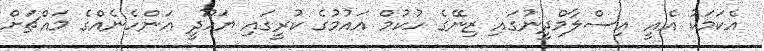
އެކަމަކު އެއީ އިސްލާމްދީނުގައި ޒިނޭގެ ހުކުމް އައުމުގެ ކުރީގައި ޔަހޫދީ އަންހެނެއްގެ މައްޗަށް